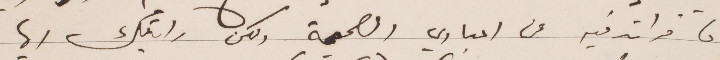
ما قراته فيه عن اعتباري الصحبة ولكن رايتك أيها